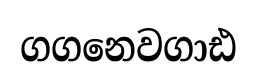
ගගනෙවගාඪ